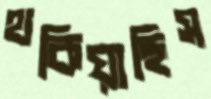
থকিয়াছিস